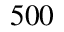
5 0 0